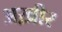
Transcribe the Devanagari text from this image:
अख़ीर